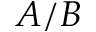
A / B